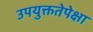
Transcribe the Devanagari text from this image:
उपयुक्ततेपेक्षा